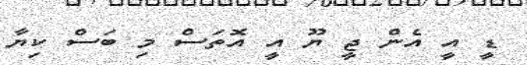
ޑީ އީ އެން ޖީ ޔޫ އީ އޮތަސް މި ބަސް ކިޔާ